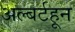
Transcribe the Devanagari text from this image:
अल्बर्टहून